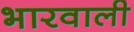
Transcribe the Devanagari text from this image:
भारवाली